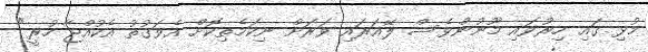
މުޅި ގައި ހިރުވައި މޫނުންވެސް ލޭއަރައި ވަރަށް ނިކަމެތިކޮށް އެވަގުތު އެކުއްޖާ ހުރީ"